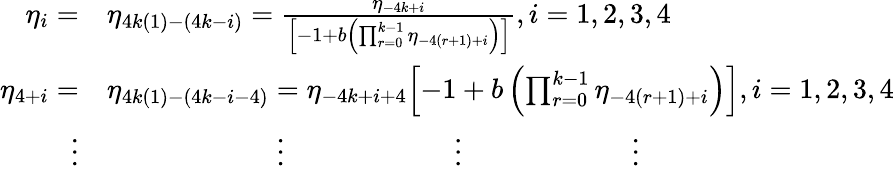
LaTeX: \begin{array}{rl}{\eta_{i}=}&{\eta_{4k(1)-(4k-i)}=\frac{\eta_{-4k+i}}{\left[{-1+b\left(\prod_{r=0}^{k-1}{\eta_{-4(r+1)+i}}\right)}\right]},i=1,2,3,4}\\ {\eta_{4+i}=}&{\eta_{4k(1)-(4k-i-4)}={\eta_{-4k+i+4}}{\left[{-1+b\left(\prod_{r=0}^{k-1}{\eta_{-4(r+1)+i}}\right)}\right]},i=1,2,3,4}\\ {\vdots}&{\qquad\qquad\qquad\vdots\qquad\qquad\qquad\vdots\qquad\qquad\qquad\vdots}\end{array}